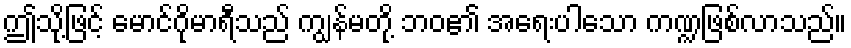
ဤသို့ဖြင့် မောင်ဂိုမာရီသည် ကျွန်မတို့ ဘဝ၏ အရေးပါသော ကဏ္ဍဖြစ်လာသည်။